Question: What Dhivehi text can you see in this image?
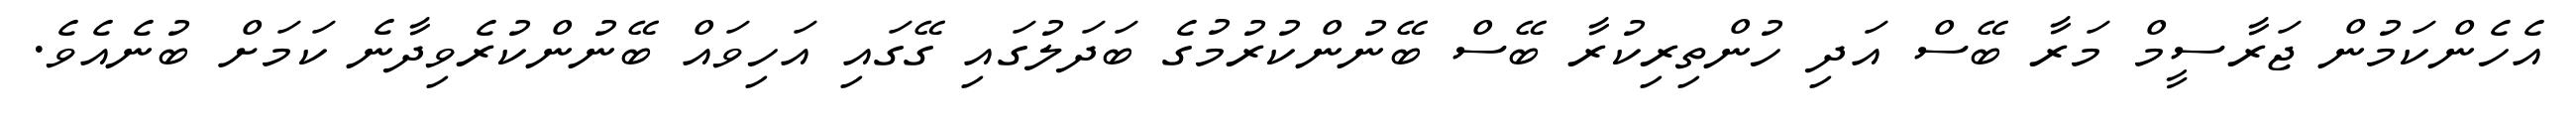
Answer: އެހެންކަމުން ޖަރާސީމް މަރާ ބޭސް އަދި ހުންތިރިކުރާ ބޭސް ބޭނުންކުރުމުގެ ބަދަލުގައި ގޭގައި އަހިވައް ބޭނުންކުރެވިދާނެ ކަމަށް ބުނެއެވެ.